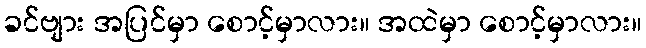
ခင်ဗျား အပြင်မှာ စောင့်မှာလား။ အထဲမှာ စောင့်မှာလား။